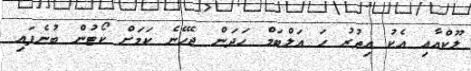
ލޫކްއާއި އެކު އިތުރު ހަ އަލްބަމް ހަދަން ޖެހޭނެ ކަމަށް ކޯޓުން ބުނެފައި